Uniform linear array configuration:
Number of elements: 4
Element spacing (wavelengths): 0.5
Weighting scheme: exponential
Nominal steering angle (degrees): -30
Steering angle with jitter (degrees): -30.374
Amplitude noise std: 0.05
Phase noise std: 0.05

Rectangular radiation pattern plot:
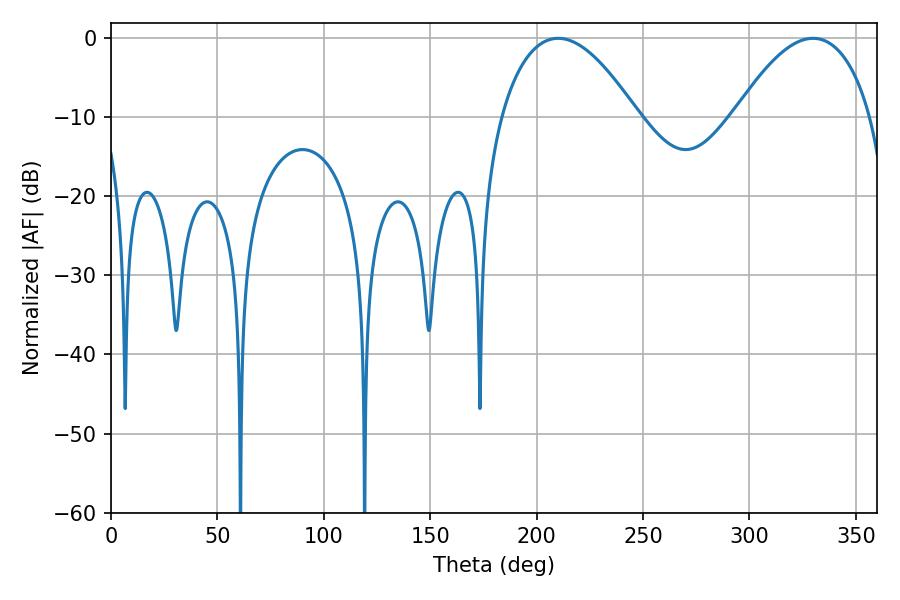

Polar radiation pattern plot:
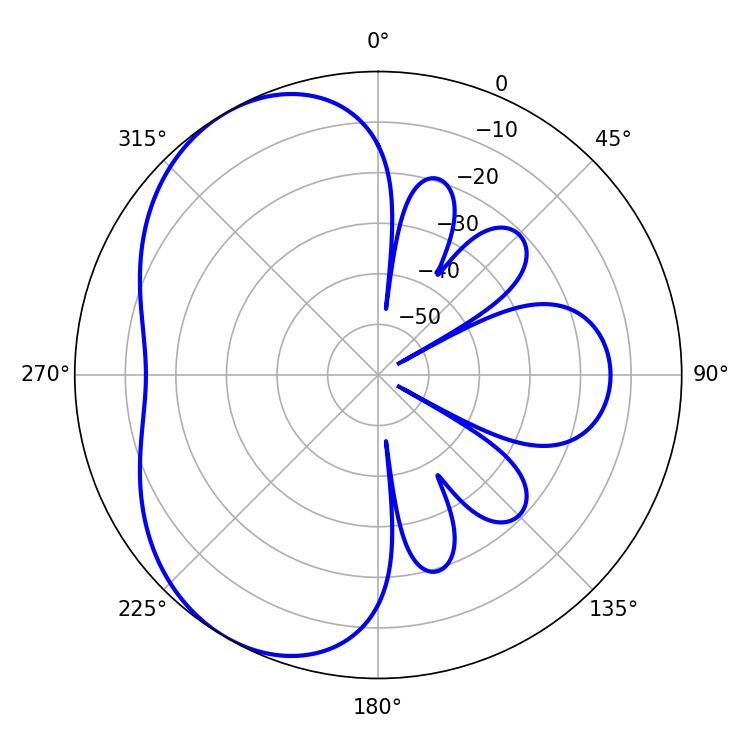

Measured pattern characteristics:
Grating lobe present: FALSE
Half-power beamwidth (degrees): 35.46
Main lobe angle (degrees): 210.06